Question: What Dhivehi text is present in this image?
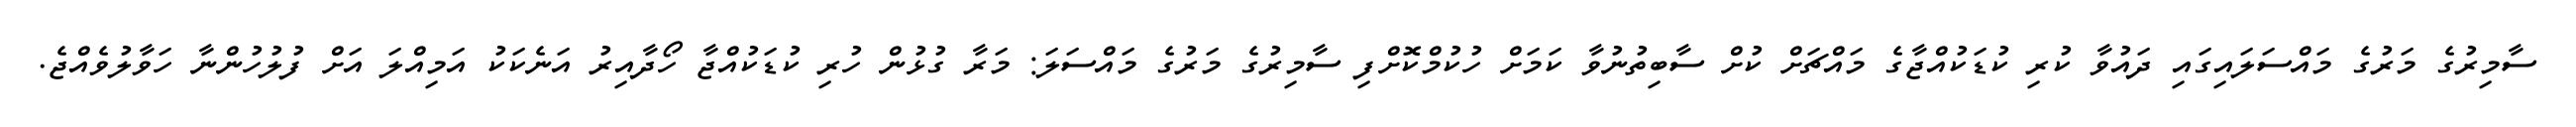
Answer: ސާމިރުގެ މަރުގެ މައްސަލައިގައި ދައުވާ ކުރި ކުޑަކުއްޖާގެ މައްޗަށް ކުށް ސާބިތުނުވާ ކަމަށް ހުކުމްކޮށްފި ސާމިރުގެ މަރުގެ މައްސަލަ: މަރާ ގުޅުން ހުރި ކުޑަކުއްޖާ ހޯދާއިރު އަނެކަކު އަމިއްލަ އަށް ފުލުހުންނާ ހަވާލުވެއްޖެ.